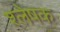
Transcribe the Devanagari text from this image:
श्लेषक